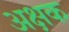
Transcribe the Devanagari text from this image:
अक्षक